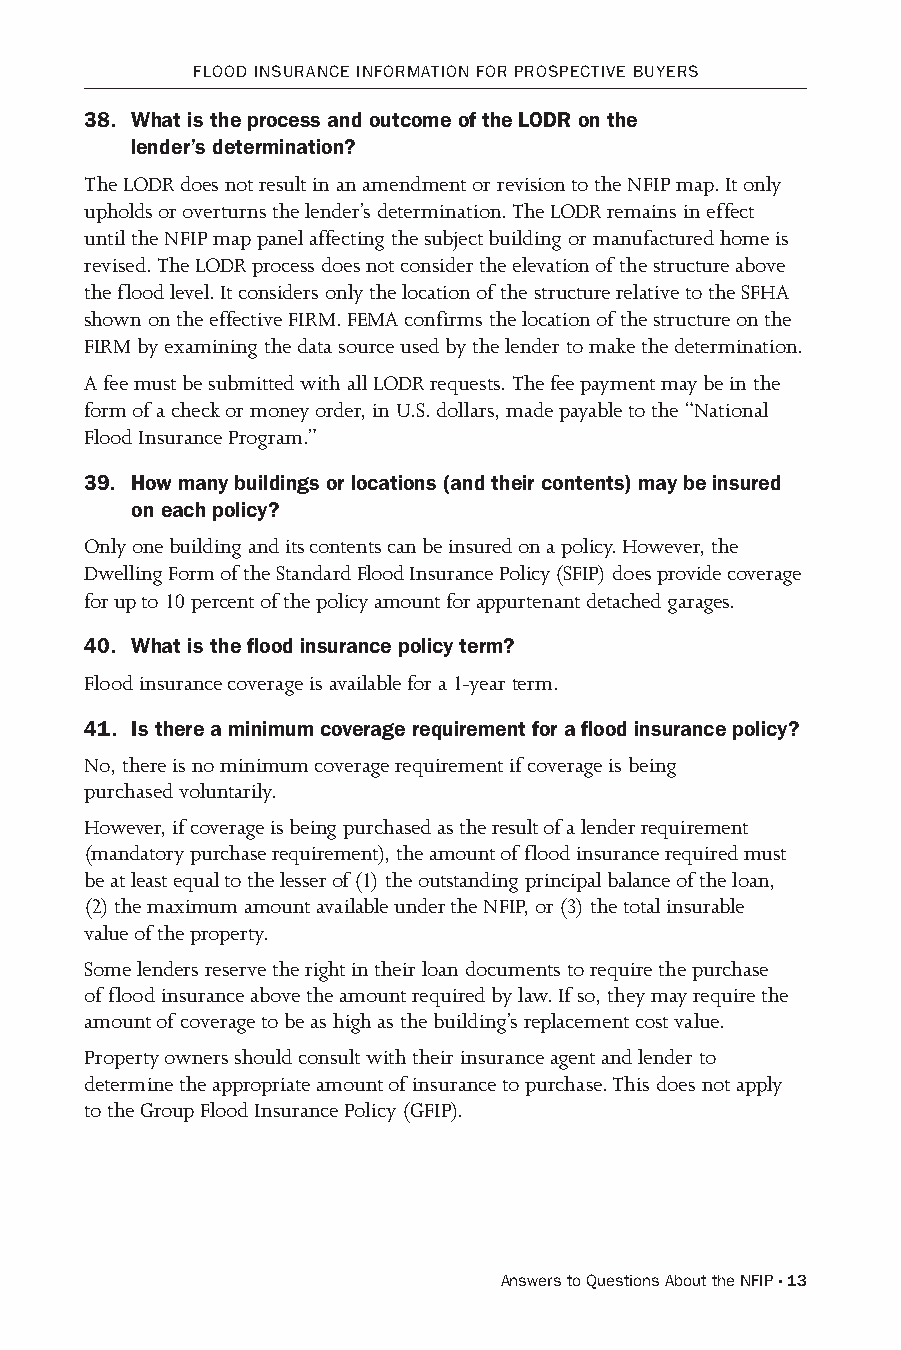
FLooD INsuRANCE INFoRMATIoN FoR PRosPECTIvE BuYERs
 38. What is the process and outcome of the LODR on the
 lender’s determination?
 The LODR does not result in an amendment or revision to the NFIP map. It only
 upholds or overturns the lender’s determination. The LODR remains in effect
 until the NFIP map panel affecting the subject building or manufactured home is
 revised. The LODR process does not consider the elevation of the structure above
 the flood level. It considers only the location of the structure relative to the SFHA
 shown on the effective FIRM. FEMA confirms the location of the structure on the
 FIRM by examining the data source used by the lender to make the determination.
 A fee must be submitted with all LODR requests. The fee payment may be in the
 form of a check or money order, in U.S. dollars, made payable to the “National
 Flood Insurance Program.”
 39. How many buildings or locations (and their contents) may be insured
 on each policy?
 Only one building and its contents can be insured on a policy. However, the
 Dwelling Form of the Standard Flood Insurance Policy (SFIP) does provide coverage
 for up to 10 percent of the policy amount for appurtenant detached garages.
 40. What is the flood insurance policy term?
 Flood insurance coverage is available for a 1-year term.
 41. Is there a minimum coverage requirement for a flood insurance policy?
 No, there is no minimum coverage requirement if coverage is being
 purchased voluntarily.
 However, if coverage is being purchased as the result of a lender requirement
 (mandatory purchase requirement), the amount of flood insurance required must
 be at least equal to the lesser of (1) the outstanding principal balance of the loan,
 (2) the maximum amount available under the NFIP, or (3) the total insurable
 value of the property.
 Some lenders reserve the right in their loan documents to require the purchase
 of flood insurance above the amount required by law. If so, they may require the
 amount of coverage to be as high as the building’s replacement cost value.
 Property owners should consult with their insurance agent and lender to
 determine the appropriate amount of insurance to purchase. This does not apply
 to the Group Flood Insurance Policy (GFIP).
 Answers to Questions About the NFIP · 13